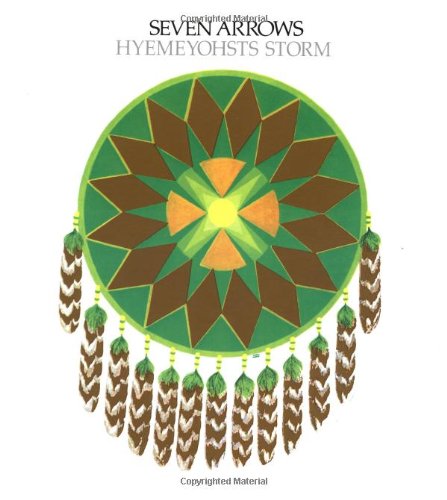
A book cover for Seven Arrows; Hyemeyohsts Storm; Literature & Fiction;